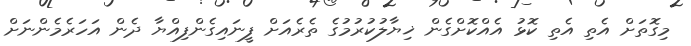
މިގޮތަށް އެތި އެތި ކޮޅު އެއްކޮށްގެން ޚިޔާލުކުރުމުގެ ތެރެއަށް ފީނައިގެންފިއްޔާ ދެން އަހަރެމެންނަށް